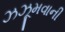
ઝઝૂમવાની